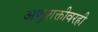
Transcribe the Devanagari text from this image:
अणुशक्तीवरही